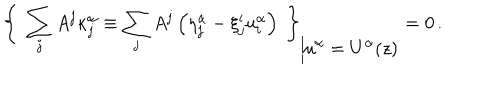
{ \left\{ \ \sum _ { j } A ^ { j } \kappa _ { j } ^ { \alpha } \equiv \sum _ { j } A ^ { j } \left( \eta _ { j } ^ { \alpha } - \xi _ { j } ^ { i } u _ { i } ^ { \alpha } \right) \ \right\} } _ { \Big \vert \displaystyle { u ^ { \alpha } = U ^ { \alpha } ( z ) } } = 0 \, .